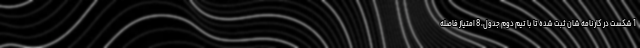
1 شکست در کارنامه شان ثبت شده تا با تیم دوم جدول، 8 امتیاز فاصله